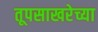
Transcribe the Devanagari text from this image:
तूपसाखरेच्या